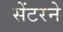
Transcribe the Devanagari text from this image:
सेंटरने